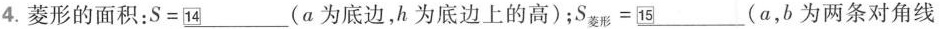
4.菱形的面积：$$S=\underline{14} $$(a为底边，h为底边上的高)；S_{菱形} \underline{15} (a，b为两条对角线